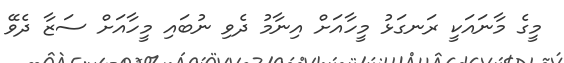
މީގެ މާނައަކީ ރަނގަޅު މީހާއަށް އިނާމު ދެވި ނުބައި މީހާއަށް ސަޒާ ދެވޭ